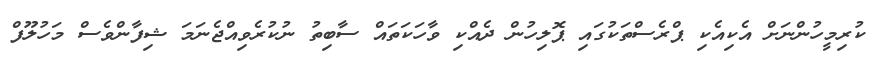
ކުރިމީހުންނަށް އެކިއެކި ޕްރެސްތަކުގައި ޕޮލިހުން ދެއްކި ވާހަކަތައް ސާބިތު ނުކުރެވިއްޖެނަމަ ޝިފާންވެސް މަހުލޫފް